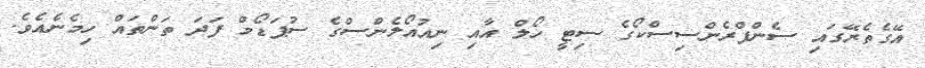
އޭގެތެރޭގައި ސެންފްރެންސިސްކޯގެ ސިޓީ ހޯލް އާއި ނިއުއޯލެންސްގެ ސުޕަޑޯމް ފަދަ ތަންތައް ހިމެނެއެވެ.